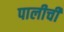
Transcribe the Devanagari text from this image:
पालीची